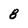
Character: 8